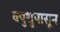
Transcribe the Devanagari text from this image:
क्युशुपासून